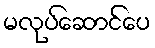
မလုပ်ဆောင်ပေ